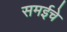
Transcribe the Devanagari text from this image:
समईचे